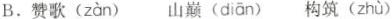
B.赞歌( zàn )山巅( diān )构筑( zhù )